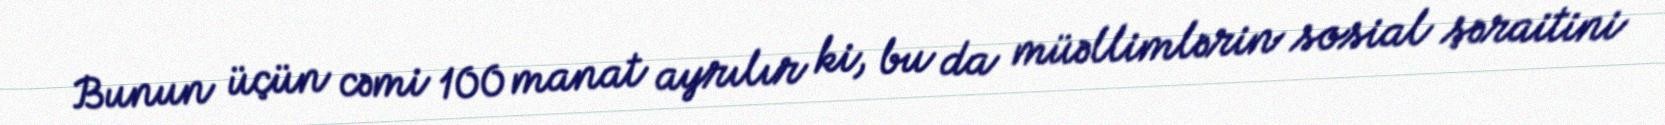
Bunun üçün cəmi 100 manat ayrılır ki, bu da müəllimlərin sosial şəraitini